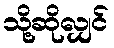
သို့ဆိုလျှင်